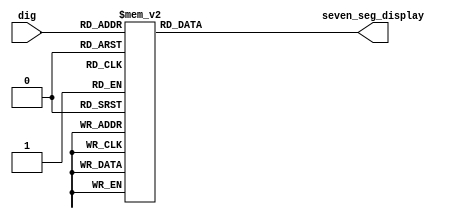

`timescale 1ns / 1ps

module seven(
    input wire [3:0] dig,
    output wire [6:0] seven_seg_display
);

reg[6:0] seven_segment;

/* 
Switch statement: for every digit 0 through 9
    Turn on different lines in the display to represent that number
    Where the display lines are held in 'seven_segment' register

    And the input is in 'dig'

    default case = display 8 (all lines are on)

*/

always @ (*) begin
    case(dig)
        4'h0: seven_segment = 7'b1000000;
        4'h1: seven_segment = 7'b1111001;
        4'h2: seven_segment = 7'b0100100;
        4'h3: seven_segment = 7'b0110000;
        4'h4: seven_segment = 7'b0011001;
        4'h5: seven_segment = 7'b0010010;
        4'h6: seven_segment = 7'b0000010;
        4'h7: seven_segment = 7'b1111000;
        4'h8: seven_segment = 7'b0000000;
        4'h9: seven_segment = 7'b0010000;
        default:
            seven_segment = 7'b1111111;
    endcase
    end

assign seven_seg_display = seven_segment;
endmodule